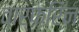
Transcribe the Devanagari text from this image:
वार्फरिन